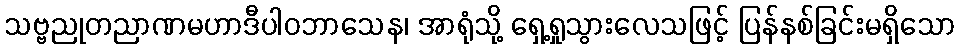
သဗ္ဗညုတညာဏမဟာဒီပါဝဘာသေန၊ အာရုံသို့ ရှေ့ရှုသွားလေသဖြင့် ပြန်နစ်ခြင်းမရှိသော